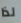
لذا